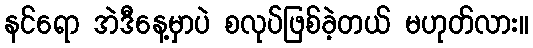
နင်ရော အဲဒီနေ့မှာပဲ စလုပ်ဖြစ်ခဲ့တယ် မဟုတ်လား။